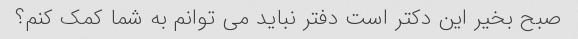
صبح بخیر این دکتر است دفتر نباید می توانم به شما کمک کنم؟